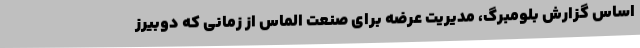
اساس گزارش بلومبرگ، مدیریت عرضه برای صنعت الماس از زمانی که دوبیرز